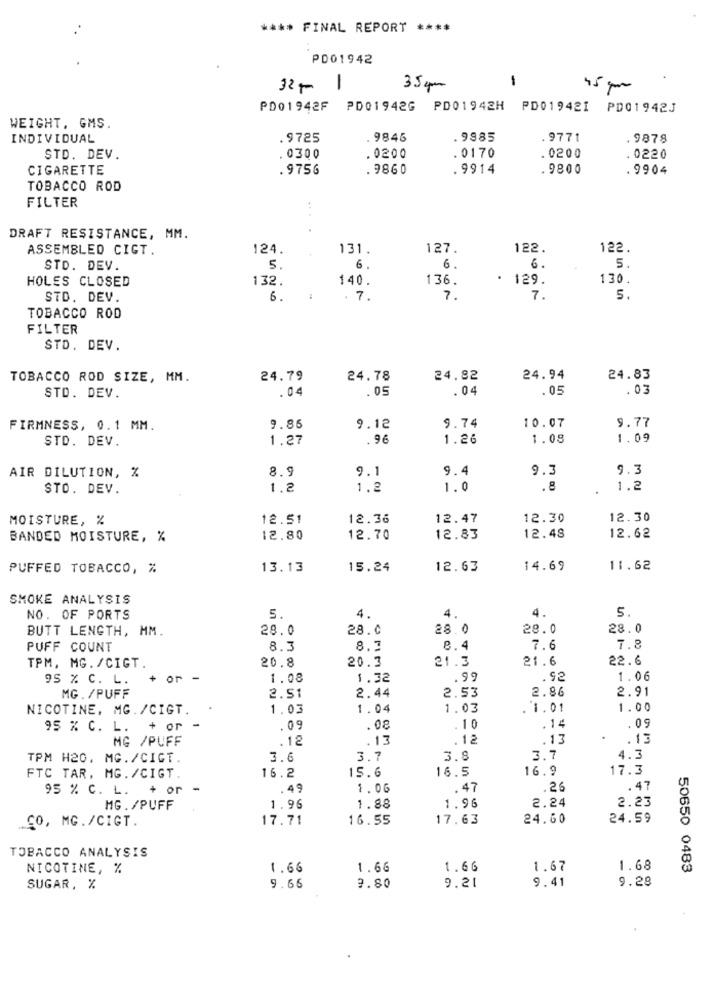
**** FINAL REPORT ****
PD01942
1
32+ 1
35 pm
45 pm
PD01942F PD01942G PD01942H PD019421 PD01942J
WEIGHT, GMS.
INDIVIDUAL
.9725
9846
. 9985
. 9771
. 9878
STD. DEV.
. 0300
.0200
.0170
.0200
.0220
CIGARETTE
.9756
. 9860
.9914
.9800
.9904
TOBACCO ROD
FILTER
DRAFT RESISTANCE, MM.
ASSEMBLED CIGT.
124.
131.
127.
122.
122.
STO. DEV.
5.
6
6
6.
5.
HOLES CLOSED
132.
140.
136.
. 129.
130.
STD. DEV.
6.
:
. 7
7.
7.
5.
TOBACCO ROD
FILTER
STD. DEV.
TOBACCO ROD SIZE, MM.
24.79
24.78
24.82
24.94
24.83
. 04
.05
.04
.05
.03
STD. DEV.
FIRMNESS, 0.1 MM.
9.85
9.12
9.74
10.07
9.77
STD. DEV.
1.27
.96
1.26
1.08
1.09
AIR DILUTION, %
8.9
9.1
9.4
9.3
9.3
STO. DEV.
1.2
1.2
1.0
. 8
1.2
MOISTURE, %
12.51
12.36
12.47
12.30
12.30
BANDED MOISTURE, %
12.80
12.70
12.83
12.48
12.62
PUFFED TOBACCO, %
13.13
15.24
12.63
14.69
11.62
SMOKE ANALYSIS
5.
NO. OF PORTS
5.
4.
4.
4.
BUTT LENGTH, MM.
28.0
28.0
28.0
28.0
28.0
PUFF COUNT
8.3
8.7
8.4
7.6
7.8
20.8
20.3
21.3
21.6
22.6
TPM, MG. /CIGT.
95 % C. L.
+ or -
1.08
1.32
.99
. 92
1.06
MG. /PUFF
2.86
2.91
2.51
2.44
2.53
NICOTINE, MG. /CIGT.
1.03
1.04
1.03
. 1.01
1.00
95 % C. L. + or -
.09
.08
.10
.14
.09
MG /PUFF
.12
. 13
.12
.13
.13
TPM H20, MG. /CIGT.
3.6
3.7
3.8
3.7
4.3
15.6
16.5
16.9
17.3
FTC TAR. MG. /CIGT.
16.2
95 % C. L. + or
.49
1.06
.47
. 26
.47
2.24
2.23
MG. /PUFF
1.96
1.88
1.96
CO, MG. /CIGT.
17.71
16.55
17.63
24.60
24.59
TOBACCO ANALYSIS
NICOTINE, %
1.66
1.66
1.66
1.67
1.68
50650 0483
9.80
9.41
9.28
SUGAR, %
9.66
9.21